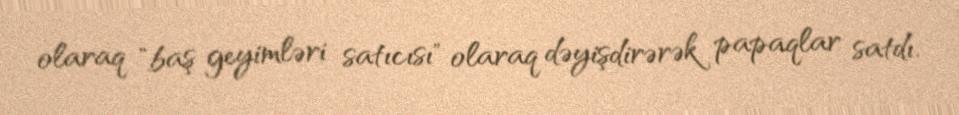
olaraq "baş geyimləri satıcısı" olaraq dəyişdirərək papaqlar satdı.